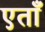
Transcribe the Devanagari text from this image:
एताँ